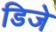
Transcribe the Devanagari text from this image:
डिजे